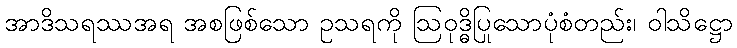
အာဒိသရဿအရ အစဖြစ်သော ဥသရကို ဩဝုဒ္ဓိပြုသောပုံစံတည်း၊ ဝါသိဋ္ဌော